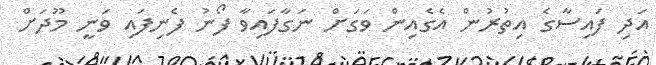
އަދި ފައިސާގެ އިތުރުން އެގެއިން ވަގަށް ނަގާފައިވާ ފޯނު ފެނިފައި ވަނީ މޫދަށް